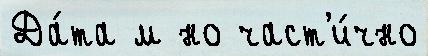
Да́та м но част'и́чно